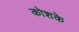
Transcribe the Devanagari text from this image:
कोशके